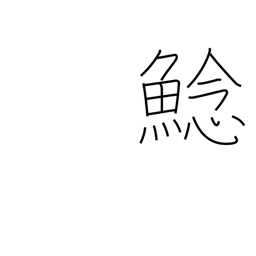
Meaning: fresh-water catfish